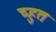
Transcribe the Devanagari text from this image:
च्हुत